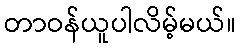
တာဝန်ယူပါလိမ့်မယ်။